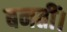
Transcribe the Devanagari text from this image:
बनतीं।